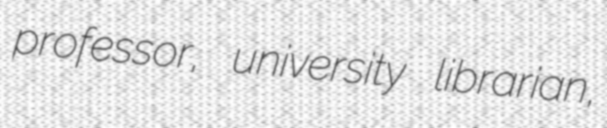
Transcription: professor, university librarian,